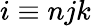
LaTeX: i\equiv njk